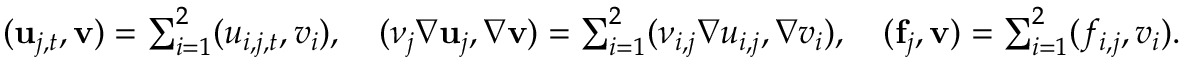
\begin{array} { r } { ( { \bf u } _ { j , t } , { \bf v } ) = \sum _ { i = 1 } ^ { 2 } ( { u } _ { i , j , t } , { v _ { i } } ) , \quad ( { \nu } _ { j } \nabla { \bf u } _ { j } , \nabla { \bf v } ) = \sum _ { i = 1 } ^ { 2 } ( \nu _ { i , j } \nabla { u _ { i , j } } , \nabla { v _ { i } } ) , \quad ( { \bf f } _ { j } , { \bf v } ) = \sum _ { i = 1 } ^ { 2 } ( { f _ { i , j } } , { v _ { i } } ) . } \end{array}